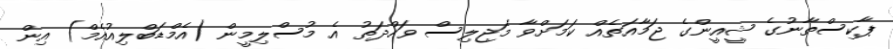
ޕާކިސްތާނުގެ ޝީއީންގެ ޖަމާއަތެއް ކަމަށްވާ މަޖިލިސް ވަހްދަތު އެ މުސްލިމީން (އެމްޑަބްލިއުއެމް) އިން